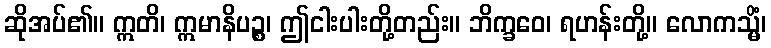
ဆိုအပ်၏။ ဣတိ၊ ဣမာနိပဉ္စ၊ ဤငါးပါးတို့တည်း။ ဘိက္ခဝေ၊ ရဟန်းတို့။ လောကသ္မိံ၊